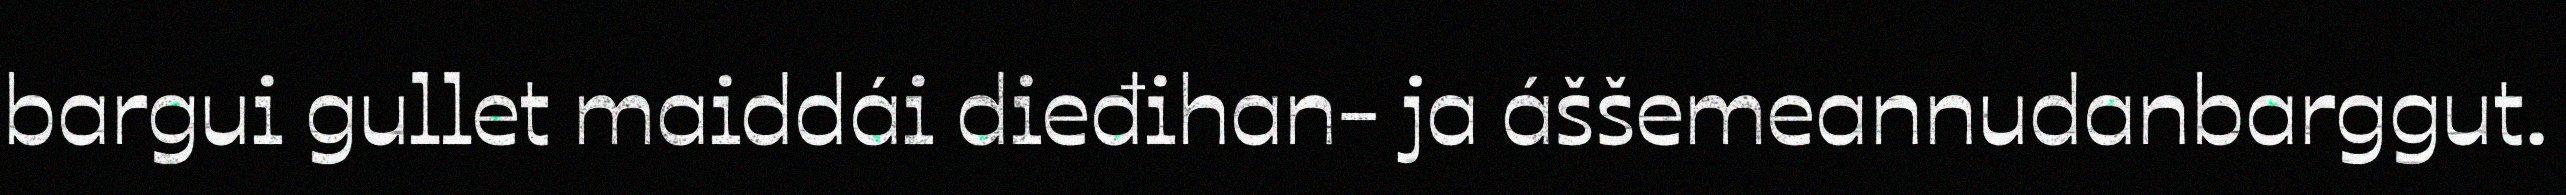
bargui gullet maiddái dieđihan- ja áššemeannudanbarggut.